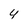
Character: 4